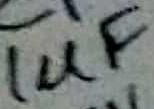
Text: 1µF